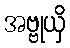
အဗ္ဗုယှိ